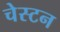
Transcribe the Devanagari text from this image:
चेस्टन